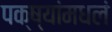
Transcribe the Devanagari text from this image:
पक्ष्यांमधलं